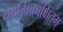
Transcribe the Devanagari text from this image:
यदभिकांक्षितम्